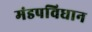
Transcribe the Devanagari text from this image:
मंडपविधान